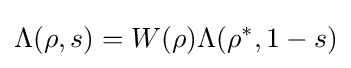
\Lambda (\rho ,s)=W(\rho )\Lambda (\rho ^{*},1-s)